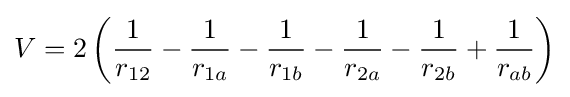
V=2\left({\frac {1}{r_{12}}}-{\frac {1}{r_{1a}}}-{\frac {1}{r_{1b}}}-{\frac {1}{r_{2a}}}-{\frac {1}{r_{2b}}}+{\frac {1}{r_{ab}}}\right)